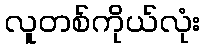
လူတစ်ကိုယ်လုံး